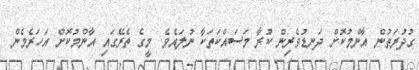
ގުދުރަތުން އާންމުކޮށް ދަނޑުވެރިން ކުރާ މަސައްކަތަކާ ނުލައެވެ. މީގެ ތެރޭގައި އާންމުކޮށް އަހަރެމެން